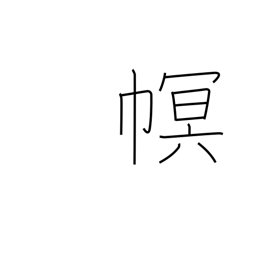
Meaning: cloth covering